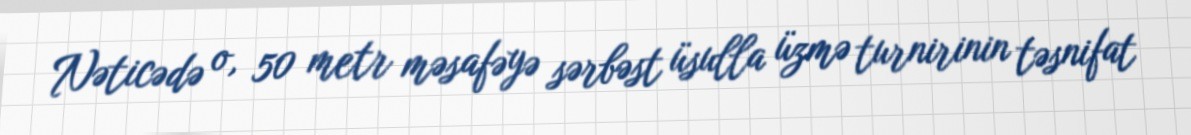
Nəticədə o, 50 metr məsafəyə sərbəst üsulla üzmə turnirinin təsnifat